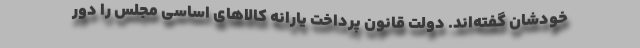
خودشان گفته‌اند. دولت قانون پرداخت یارانه کالاهای اساسی مجلس را دور